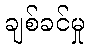
ချစ်ခင်မှု